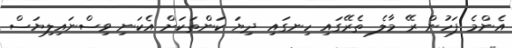
އެންމެ ފަހުން ރޭ މާލެ ތެރޭގައި ހިނގައި ދިޔަ ކަންތަކަށް އެކަނި ވިސްނައިލިޔަސް